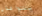
يتواعدان